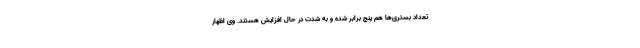
تعداد بستری‌ها هم پنج برابر شده و به شدت در حال افزایش هستند. وی اظهار